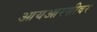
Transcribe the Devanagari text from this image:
आयआरसीवर